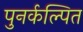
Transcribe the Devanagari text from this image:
पुनर्कल्पित